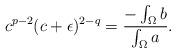
LaTeX: \begin{align*} c^{p-2}(c+\epsilon)^{2-q} = \frac{-\int_\Omega b}{\int_\Omega a}.\end{align*}